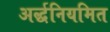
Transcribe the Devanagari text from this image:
अर्द्धनियमित